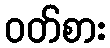
ဝတ်စား